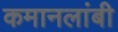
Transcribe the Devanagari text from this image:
कमानलांबी